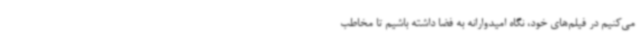
می‌کنیم در فیلم‌های خود، نگاه امیدوارانه به فضا داشته باشیم تا مخاطب